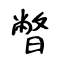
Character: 暼